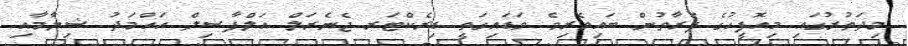
މިދަތުރުގައި މިއޮފީހުގެ ފަރާތުން ބައިވެރިވެ ވަޑައިގަތީ ޑިރެކްޓަރ ޖެނެރަލް އަލްފާޟިލް އަޙްމަދު ޝިޔާމާއި